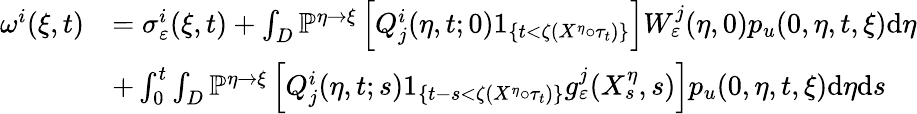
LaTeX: \begin{array}{rl}{\omega^{i}(\xi,t)}&{=\sigma_{\varepsilon}^{i}(\xi,t)+\int_{D}\mathbb{P}^{\eta\rightarrow\xi}\left[Q_{j}^{i}(\eta,t;0)1_{\{ t<\zeta(X^{\eta}\circ\tau_{t})\} }\right]W_{\varepsilon}^{j}(\eta,0)p_{u}(0,\eta,t,\xi)\textrm{d}\eta}\\ &{+\int_{0}^{t}\int_{D}\mathbb{P}^{\eta\rightarrow\xi}\left[Q_{j}^{i}(\eta,t;s)1_{\{ t-s<\zeta(X^{\eta}\circ\tau_{t})\} }g_{\varepsilon}^{j}(X_{s}^{\eta},s)\right]p_{u}(0,\eta,t,\xi)\textrm{d}\eta\textrm{d}s}\end{array}